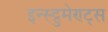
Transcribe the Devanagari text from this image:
इन्स्ट्रुमेण्ट्स